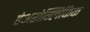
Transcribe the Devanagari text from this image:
हेअरोग्लिफिक